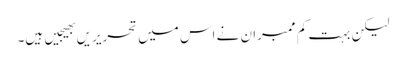
لیکن بہت کم ممبران نے اس میں تحریریں بھیجیں ہیں۔